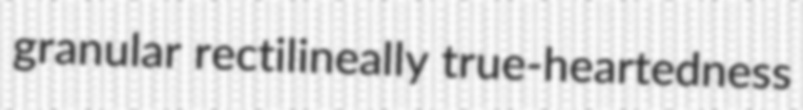
granular rectilineally true-heartedness